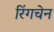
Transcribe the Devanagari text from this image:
रिंगचेन